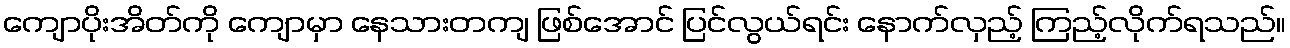
ကျောပိုးအိတ်ကို ကျောမှာ နေသားတကျ ဖြစ်အောင် ပြင်လွယ်ရင်း နောက်လှည့် ကြည့်လိုက်ရသည်။